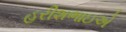
હરીશભાઇએ